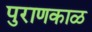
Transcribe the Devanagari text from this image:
पुराणकाळ